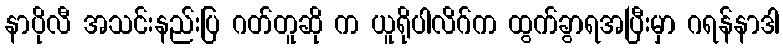
နာပိုလီ အသင်းနည်းပြ ဂတ်တူဆို က ယူရိုပါလိဂ်က ထွက်ခွာရအပြီးမှာ ဂရန်နာဒါ